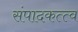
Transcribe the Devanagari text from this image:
संपादकत्त्व